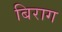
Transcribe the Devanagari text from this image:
बिराग